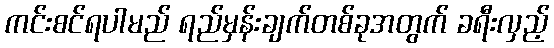
ကင်းစင်ရပါမည် ရည်မှန်းချက်တစ်ခုအတွက် ခရီးလှည့်